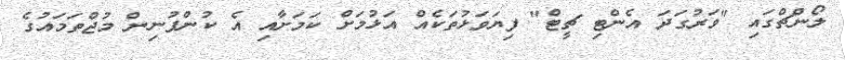
ލޯންޗްގައި "ވަރުގަދަ އެންޓި ޗީޓް" ފިޔަވަޅުތަކެއް އަޅުމަށް ކަމަށާއި އެ ކުންފުނިން މުޖްތަމައުގެ